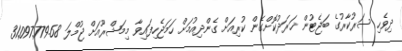
ދިވެހި ސަރުކާރުގެ ބަޖެޓުން ޚަރަދުކޮށްގެން ކުރިއަށް ގެންދިއުމަށް ހަމަޖެހިފައިވާ މިމަޝްރޫއަށް ޖުމްލަ 31